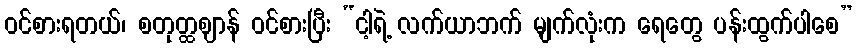
ဝင်စားရတယ်၊ စတုတ္ထဈာန် ဝင်စားပြီး “ငါ့ရဲ့ လက်ယာဘက် မျက်လုံးက ရေတွေ ပန်းထွက်ပါစေ”